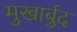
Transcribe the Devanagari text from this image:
मुखार्बुद